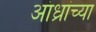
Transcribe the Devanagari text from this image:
आंध्रांच्या